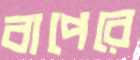
বাপেরে